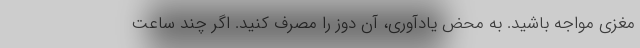
مغزی مواجه باشید. به محض یادآوری، آن دوز را مصرف کنید. اگر چند ساعت